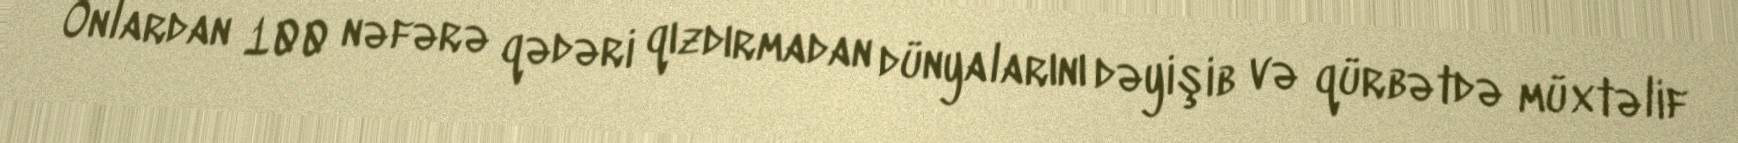
Onlardan 100 nəfərə qədəri qızdırmadan dünyalarını dəyişib və qürbətdə müxtəlif